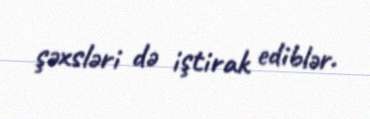
şəxsləri də iştirak ediblər.